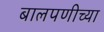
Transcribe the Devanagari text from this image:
बालपणीच्या